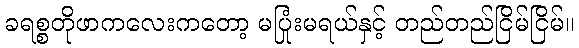
ခရစ္စတိုဖာကလေးကတော့ မပြုံးမရယ်နှင့် တည်တည်ငြိမ်ငြိမ်။